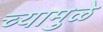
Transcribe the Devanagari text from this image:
च्यामुळे